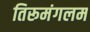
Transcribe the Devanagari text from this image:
तिरूमंगलम